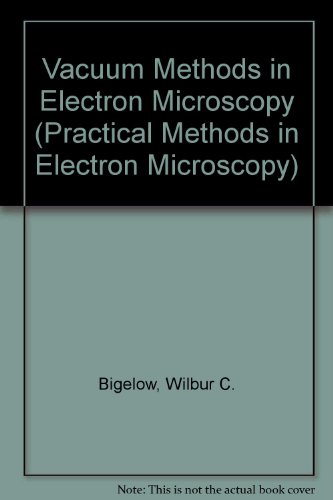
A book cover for Vacuum Methods in EM by W. Bigelow in series Practical Methods in Electron Microscopy: Vol 15 Ed by Audrey M. Glauert; W. C. Bigelow; Science & Math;